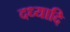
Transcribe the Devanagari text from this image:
दध्यादि